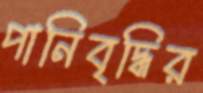
পানিবৃদ্ধির